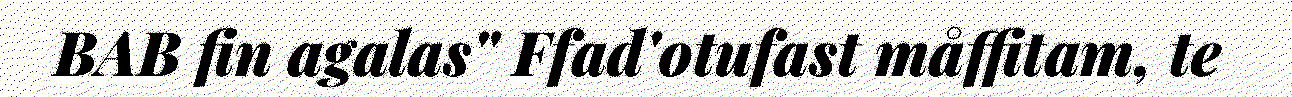
BAB fin agalas" Ffad'otufast måffitam, te